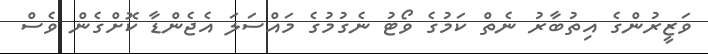
ވަޒީރުންގެ އިތުބާރު ނެތް ކަމުގެ ވޯޓު ނެގުމުގެ މައްސަލަ އެޖެންޑާ ކޮށްގެން ވެސް